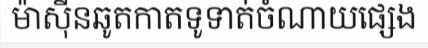
ម៉ាស៊ីនឆូតកាតទូទាត់ចំណាយផ្សេង